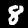
Digit: 8